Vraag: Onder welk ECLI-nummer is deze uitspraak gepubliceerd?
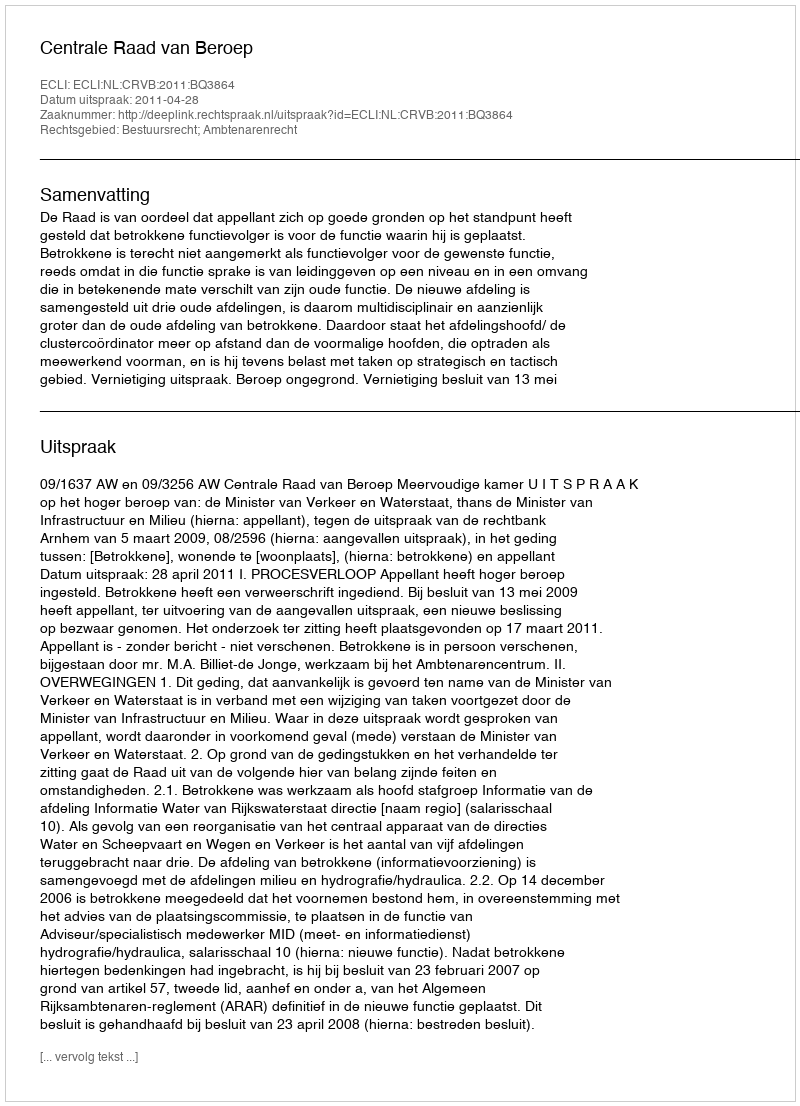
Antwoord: ECLI:NL:CRVB:2011:BQ3864